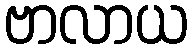
ဗာလာယ